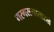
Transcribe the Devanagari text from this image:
गरगरल्यासारखे